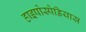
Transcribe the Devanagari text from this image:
हाइपोस्पेडियास